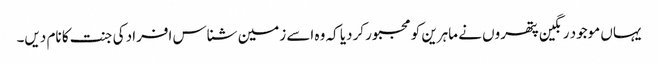
یہاں موجود رنگین پتھروں نے ماہرین کو مجبور کردیا کہ وہ اسے زمین شناس افراد کی جنت کا نام دیں۔